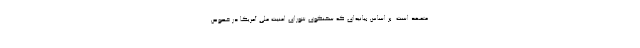
متعهد است. بر اساس بیانیه‌ای که سخنگوی شورای امنیت ملی آمریکا در خصوص